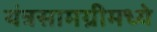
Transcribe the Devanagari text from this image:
यंत्रसामग्रीमध्ये